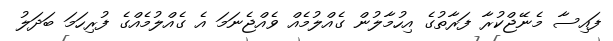
ފައިސާ މެނޭޖްކުރާ ފަރާތުގެ އިހުމާލުން ގެއްލުމެއް ވެއްޖެނަމަ އެ ގެއްލުމެއްގެ ފުރިހަމަ ބަދަލު